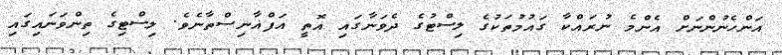
އަންހެނުންނަށް އެންމެ ނުރައްކާ ގައުމުތަކުގެ ލިސްޓުގެ ދެވަނާގައި އޮތީ އަފްޣާނިސްތާނެވެ. ލިސްޓިގެ ތިންވަނައިގައި